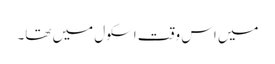
میں اس وقت اسکول میں تھا۔